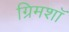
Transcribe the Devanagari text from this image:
ग्रिमशॉ